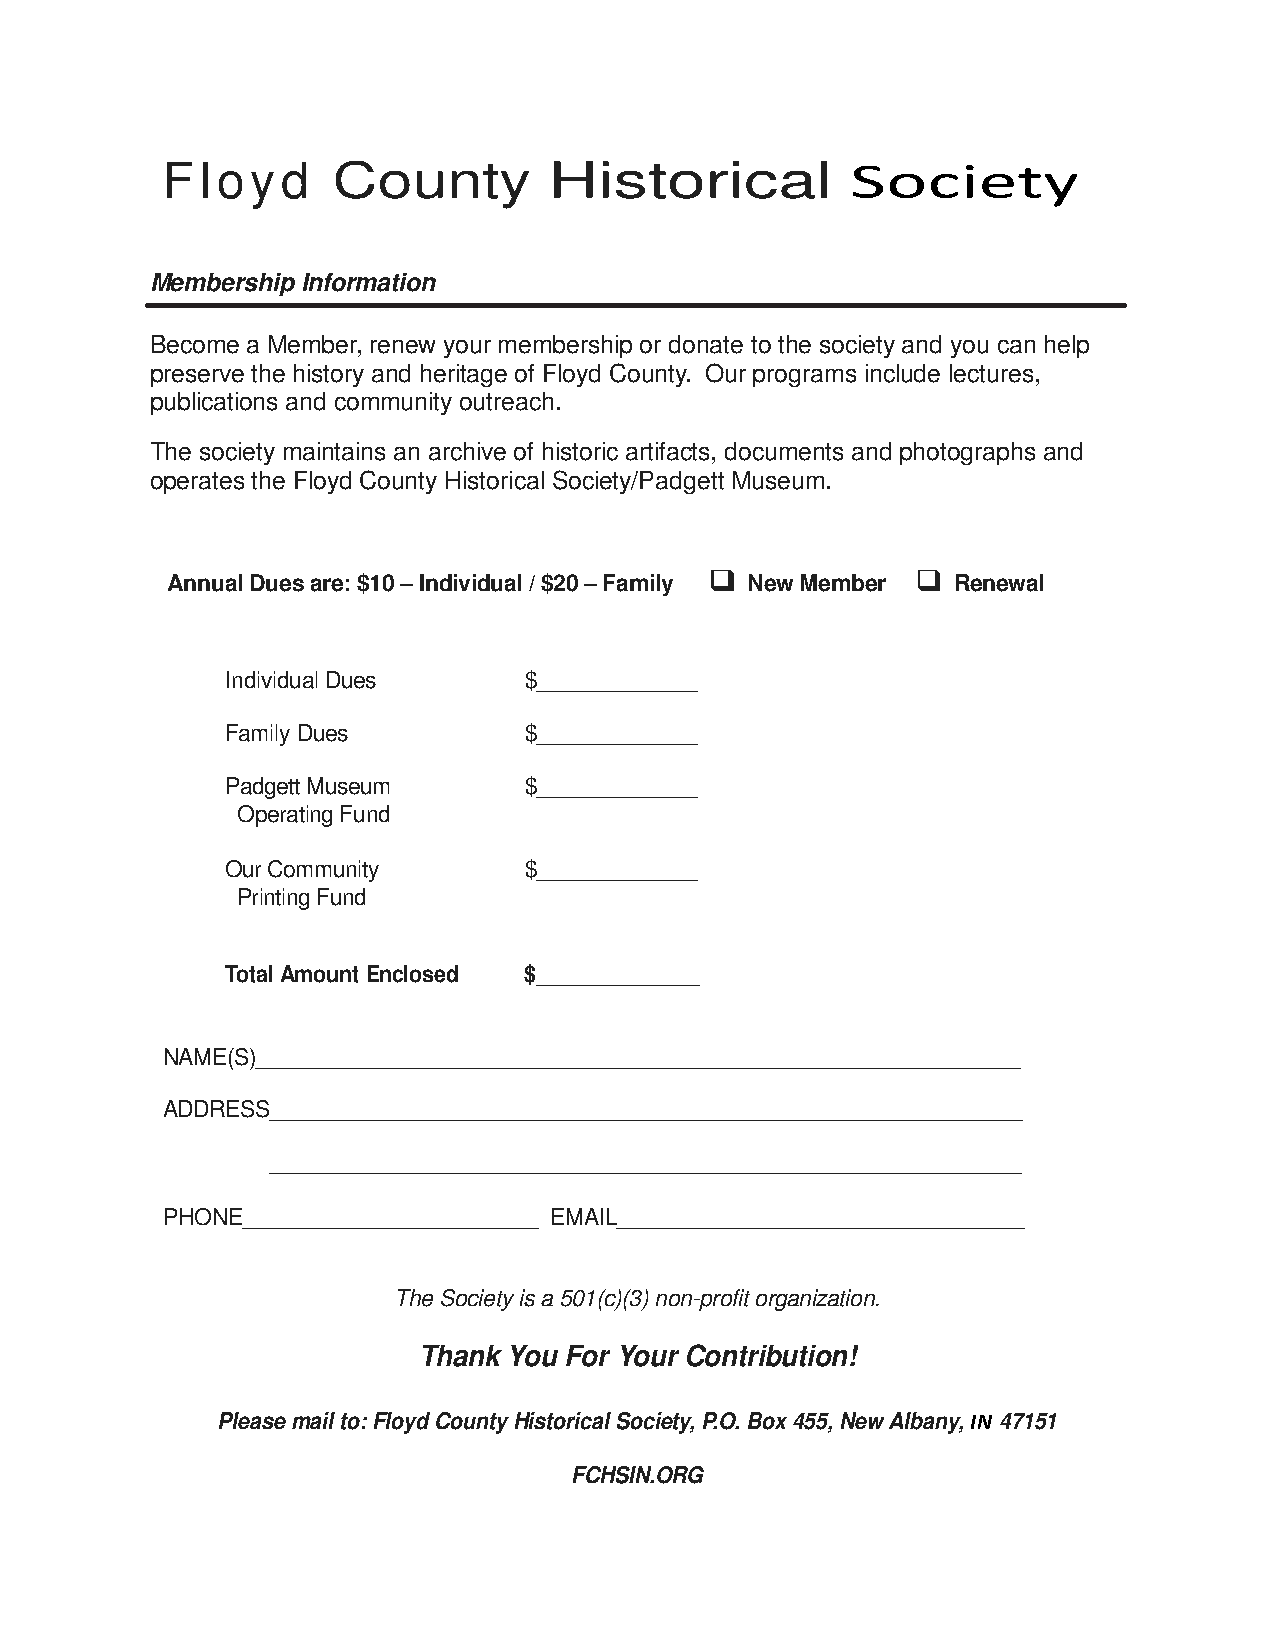
Floyd      County        Historical          Society
 Membership Information
 Become a Member, renew your membership or donate to the society and you can help
 preserve the history and heritage of Floyd County. Our programs include lectures,
 publications and community outreach.
 The society maintains an archive of historic artifacts, documents and photographs and
 operates the Floyd County Historical Society/Padgett Museum.
           
 Annual Dues are: $10 – Individual / $20 – Family New Member Renewal
 Individual Dues     $_____________
 Family Dues         $_____________
 Padgett Museum      $_____________
 Operating Fund
 Our Community       $_____________
 Printing Fund
 Total Amount Enclosed $______________
 NAME(S)______________________________________________________________
 ADDRESS_____________________________________________________________
 _____________________________________________________________
 PHONE________________________ EMAIL_________________________________
 The Society is a 501(c)(3) non-profit organization.
 Thank You For Your Contribution!
 Please mail to: Floyd County Historical Society, P.O. Box 455, New Albany, IN 47151
 FCHSIN.ORG